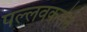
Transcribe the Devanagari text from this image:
पल्लवकलेने